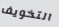
التخويف